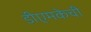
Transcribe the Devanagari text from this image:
डीएमकेची